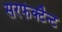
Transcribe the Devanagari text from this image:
सरफेक्टैन्ट